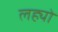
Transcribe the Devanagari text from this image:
लह्यो